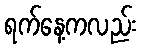
ရက်နေ့ကလည်း